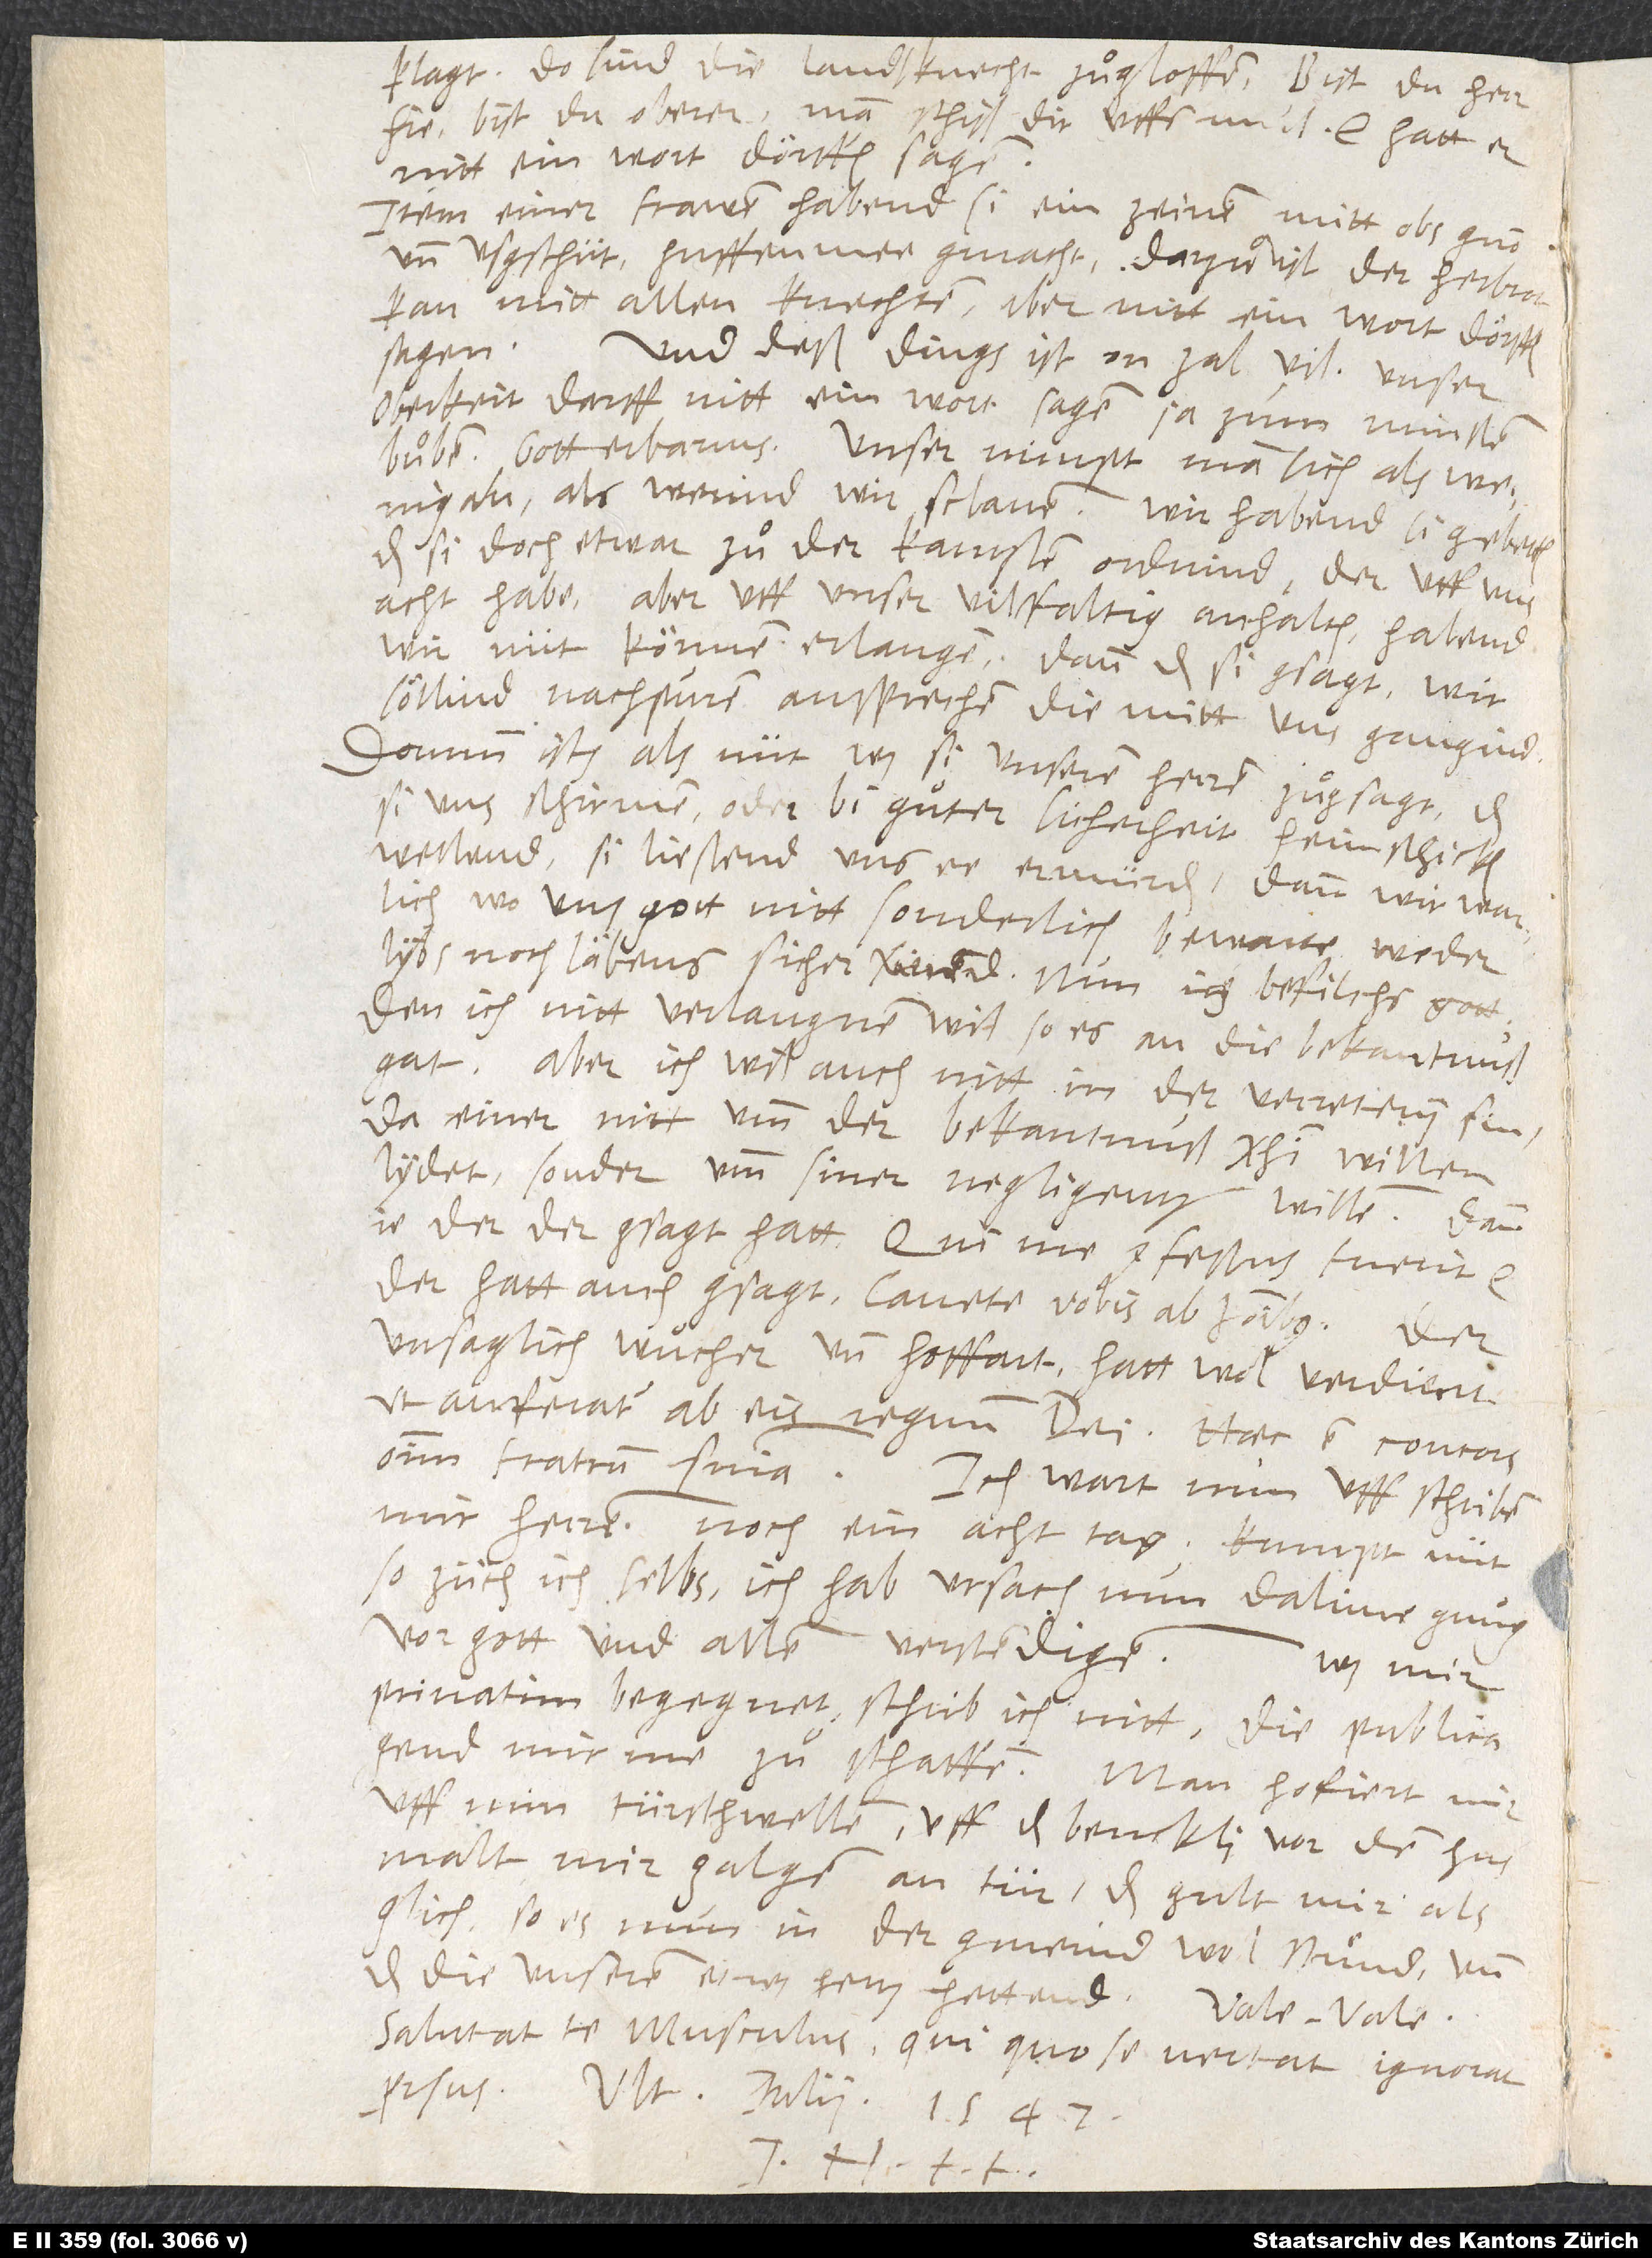
klagt. Do sind die landsknecht zuͦgloffen: „Bist du herr
hie, bist du oberer? Man schiß dir uffs mul!“, etc. Hatt er
nitt ein wort dörffen sagen.
Item einer frawen habend si ein zeinen mitt obs gnon
und usgschüt, huffen mee gmacht. Darzuͦ ist der Herbrot
kan mitt allen knechten, aber nitt ein wort dörffen
sagen.
Und deß dings ist on zal vil! Unser
oberkeit darff nitt ein wort sagen, ja zum minsten
buͦben. Gott erbarms! Unser nimpt man sich als wenig
an, als werind wir sclaven. Wir habend si gebetten,
das si doch etwar zuͦ der kantzlen ordnind, der uff uns
acht habe. Aber uff unser vilffaltig anhalten habend
wir nüt können erlangen, dann das si gsagt, wir
söllind nachpuren ansprechen, die mitt uns gangind.
Dorumb ists als nüt, was si unseren herren zuͦgsagt, das
si uns schirmen oder bi guͦter sicherheit heim schicken
wellend. Si ließend uns ee ermürden, dann wir warlich,
wo uns gott nitt sonderlich bewarte, weder
lybs noch läbens sicher werend. Nun ich befilchs gott,
den ich nitt verlaugnen wil, so es an die bekantnus
gat. Aber ich wil auch nitt in der verretery sin,
da einer nitt umb der bekantnuß Christi willen
lydet, sonder umb siner negligentz willen. Dan
je der, der gsagt hatt: „Qui me confessus fuerit, etc.“,
der hatt auch gsagt: „Cavete vobis ab hominibus.“ Der
unsaglich wuͦcher und hoffart hat wol verdient,
ut auferatur ab eis regnum dei. Haec est concors
omnium fratrum sententia! Ich wart nun uff schriben
miner herren noch ein acht tag. Kumpt nüt,
so züch ich selbs! Ich hab ursach nun dalime gnug
vor gott und allen verstendigen.
Was mir
privatim begegnet, schrib ich nitt. Die publica
gend mir me zuͦ schaffen. Man hofiert mir
uff min türschwellen, uff das benckli vor dem hus,
malt mir galgen an tür. Das gult mir als
glich, so es nun in der gmeind wol stuͤnd und
das die unseren etwas hertz hettend. Vale,
Salutat te Musculus, qui, quo se vertat, ignorat
prorsus. Ultima iulii 1547.